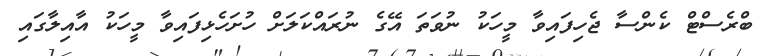
ބްރެސްޓް ކެންސާ ޖެހިފައިވާ މީހަކު ނުވަތަ އޭގެ ނުރައްކަލަށް ހުށަހެޅިފައިވާ މީހަކު އާއިލާގައި